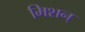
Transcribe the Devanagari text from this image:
मिशन्‌